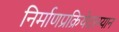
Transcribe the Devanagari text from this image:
निर्माणप्रक्रियेदरम्यान